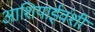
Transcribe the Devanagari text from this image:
आशियाईवंशी